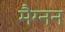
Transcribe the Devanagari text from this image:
मैग्नन